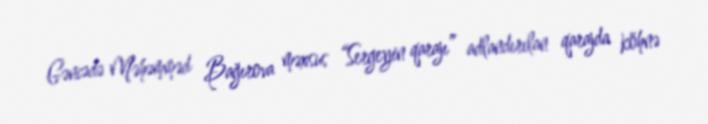
Gəncədə Məhəmməd Bağırova məxsus “Sergeyin qarajı” adlandırılan qarajda köhnə